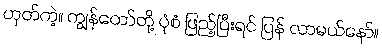
ဟုတ်ကဲ့။ ကျွန်တော်တို့ ပုံစံ ဖြည့်ပြီးရင် ပြန် လာမယ်နော်။